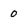
Character: 0